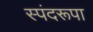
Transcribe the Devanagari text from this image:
स्पंदरूपा